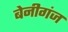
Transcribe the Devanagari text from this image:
बेनीगंज